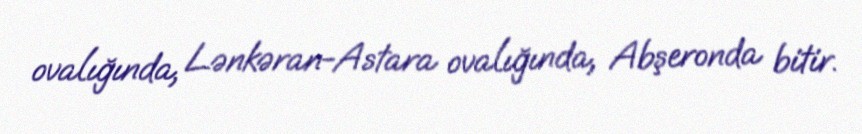
ovalığında, Lənkəran-Astara ovalığında, Abşeronda bitir.